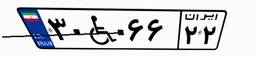
۳۰W۰۶۶۲۲